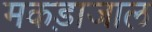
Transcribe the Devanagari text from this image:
मकड़ाजाल